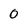
Character: 0